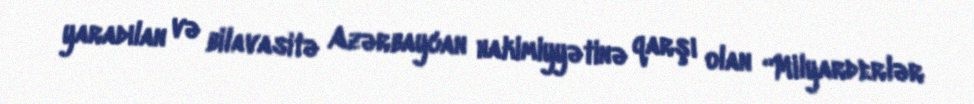
yaradılan və bilavasitə Azərbaycan hakimiyyətinə qarşı olan “Milyarderlər